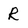
Character: R